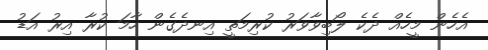
އެހެން މީހެއް ދެކެ ލޯބިވާވަރު ކުރިމަތީ އިނދެގެން ހާމަ ކުރާ އިރު އަޑު